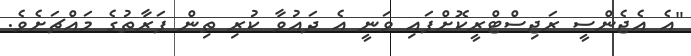
"އެ އެޖެންސީ ރަޖިސްޓްރީކޮށްފައި ވަނީ އެ ދައުވާ ކުރި ތިން ފަރާތުގެ މައްޗަށެވެ.